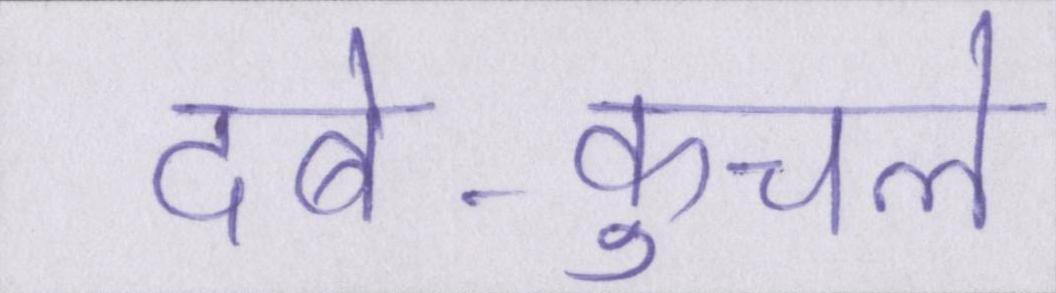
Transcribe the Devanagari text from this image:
दबे-कुचले